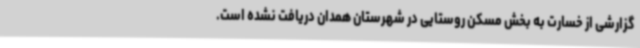
گزارشی از خسارت به بخش مسکن روستایی در شهرستان همدان دریافت نشده است.